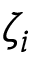
\zeta _ { i }